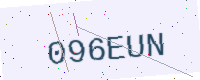
Text: 096EUN